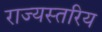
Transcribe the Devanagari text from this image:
राज्यस्तरिय